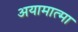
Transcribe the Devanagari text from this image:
अयामात्मा